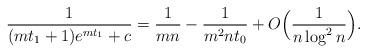
LaTeX: \begin{align*}\frac{1}{(mt_1+1)e^{mt_1}+c}={1\over mn}-{1\over m^2nt_0}+O\Bigl({1\over n\log^2{n}}\Bigr).\end{align*}